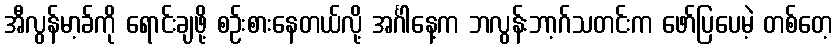
အီလွန်မာ့ခ်ကို ရောင်းချဖို့ စဉ်းစားနေတယ်လို့ အင်္ဂါနေ့က ဘလွန်းဘာ့ဂ်သတင်းက ဖော်ပြပေမဲ့ တစ်တေ့